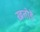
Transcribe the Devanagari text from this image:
खतोडे